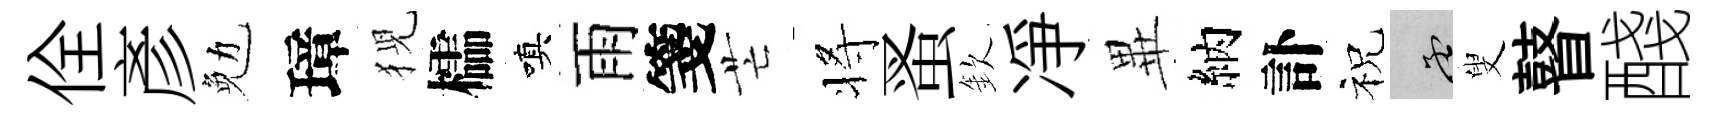
佺彥勉璋猊櫺嗔雨箋芒将蚤欽凈𭺾納訃祝孟叟瞽醆